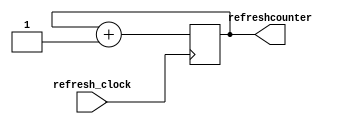
module refreshcounter (
    input refresh_clock,
    output reg [2:0] refreshcounter = 0
);

  always @(posedge refresh_clock) begin
    refreshcounter <= refreshcounter + 1;
  end

endmodule